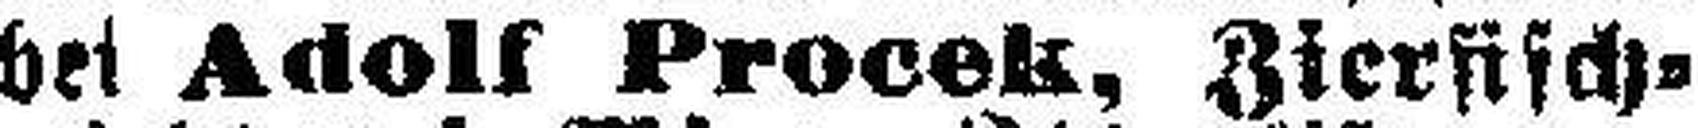
bei Adolf Procek, Zierfisch¬